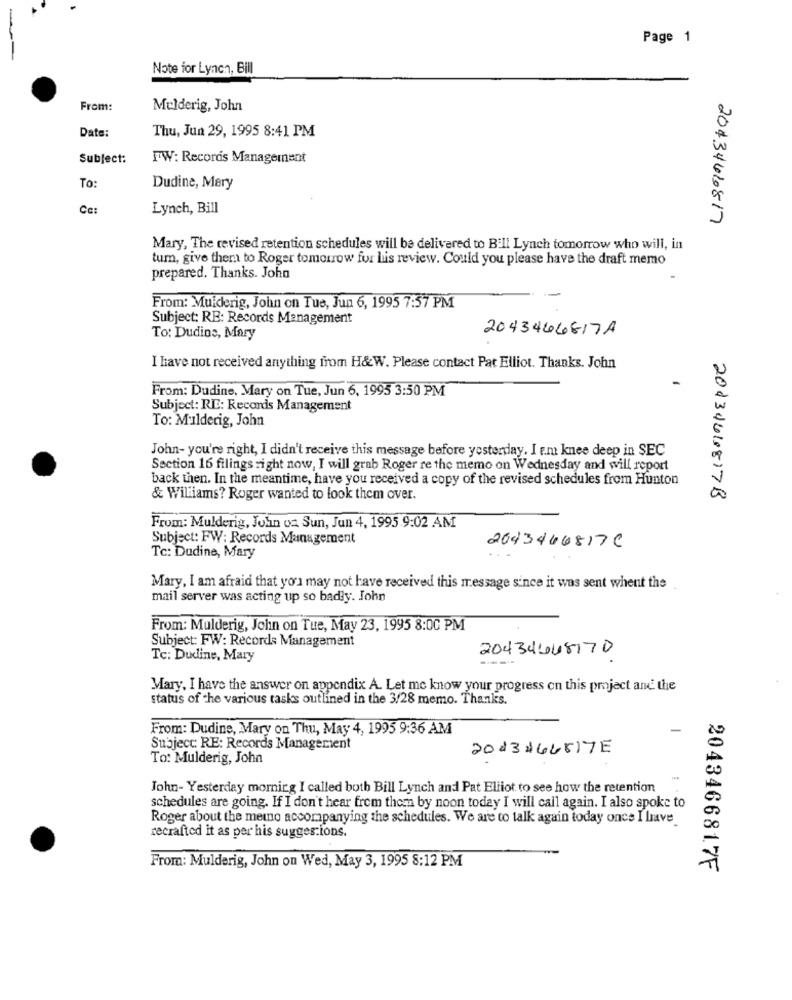
Page 1
Note for Lynch, Bill
From:
Mulderig, John
Date:
Thu, Jun 29, 1995 8:41 PM
Subject:
FW: Records Management
To:
Dudine, Mary
Ce:
Lynch, Bill
20434610817
Mary, The revised retention schedules will be delivered to B:ll Lynch tomorrow who will, in
tum, give them to Roger tomorrow for luis review. Could you please have the draft memo
prepared. Thanks. John
From: Mulderig, John on Tue, Jun 6, 1995 7:57 PM
Subject: RE: Records Management
2043466817A
To: Dudine, Mary
I have not received anything from H&W. Please contact Pat Elliot. Thanks. John
From: Dudine, Mary on Tue, Jun 6, 1995 3:50 PM
Subject: RE: Records Management
To: Mulderig, John
John- you're right, I didn't receive this message before yesterday. I em knee deep in SEC
Section 16 filings right now, I will grab Roger re the memo on Wednesday and will report
back then. In the meantime, have you received a copy of the revised schedules from Hunton
& Williams? Roger wanted to look them over.
20034610817B
From: Mulderig, John on Sun, Jun 4, 1995 9:02 AM
Subject: FW: Records Management
2043466817C
Tc: Dudine, Mary
..
Mary, I am afraid that you may not have received this message since it was sent whent the
mail server was acting up so badly. John
From: Mulderig, John on Tue, May 23, 1995 8:00 PM
Subject: FW: Records Management
20434648170
Tc: Dudine, Mary
Mary, I have the answer on appendix A. Let me know your progress on this project ami the
status of the various tasks outlined in the 3/28 memo. Thanks.
From: Dudine, Mary on Thu, May 4, 1995 9:36 AM
Subject: RE: Records Management
2013464817E
To: Mulderig, John
John- Yesterday morning I called both Bill Lynch and Pat Elliot to see how the retention
schedules are going. If I don't hear from them by noon today I will call again. I also spoke to
Roger about the meio accompanying the schedules. We are to talk again today once I have.
recrafted it as per his suggestions.
From: Mulderig, John on Wed, May 3, 1995 8:12 PM
2043466817F